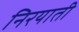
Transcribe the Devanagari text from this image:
निरयाती